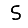
Digit: 5